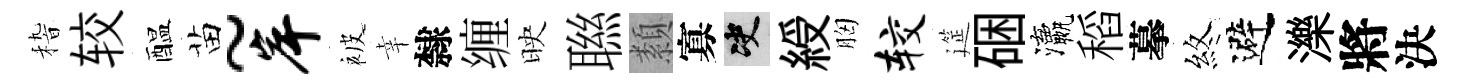
𥟵较醖苗~岸被幸隸缠映聮纇寡决綬胸较筵硱瀛稻摹煞避濼將決